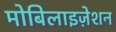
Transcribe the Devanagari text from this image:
मोबिलाइज़ेशन